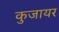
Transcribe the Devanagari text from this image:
कुजायर